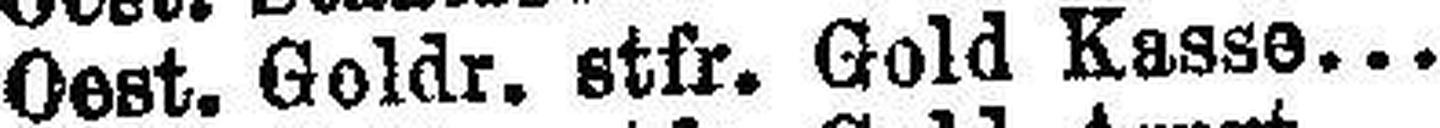
Oest. Goldr. stfr. Gold Kasse. 4